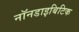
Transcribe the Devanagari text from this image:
नॉनडाइबिटिक